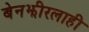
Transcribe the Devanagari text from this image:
बेनझीरलाही